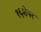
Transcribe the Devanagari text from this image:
१६शेयर